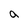
Character: a